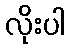
လိုးပါ